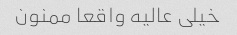
خیلی عالیه واقعا ممنون